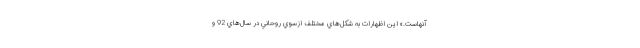
آنهاست.» اين اظهارات به شكل‌هاي مختلف ازسوي روحاني در سال‌هاي 92 و